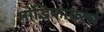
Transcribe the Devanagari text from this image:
मोडिफायरर्स